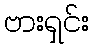
ဗားရှင်း